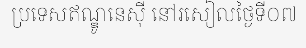
ប្រទេសឥណ្ឌូនេស៊ី នៅរសៀលថ្ងៃទី០៧